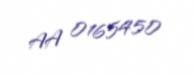
AA 0165450